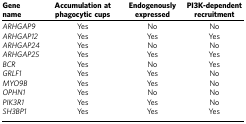
<table><thead><tr><td><b>Gene name</b></td><td><b>Accumulation at phagocytic cups</b></td><td><b>Endogenously expressed</b></td><td><b>PI3K-dependent recruitment</b></td></tr></thead><tbody><tr><td><i>ARHGAP9</i></td><td>Yes</td><td>No</td><td>No</td></tr><tr><td><i>ARHGAP12</i></td><td>Yes</td><td>Yes</td><td>Yes</td></tr><tr><td><i>ARHGAP24</i></td><td>Yes</td><td>No</td><td>No</td></tr><tr><td><i>ARHGAP25</i></td><td>Yes</td><td>Yes</td><td>Yes</td></tr><tr><td><i>BCR</i></td><td>Yes</td><td>No</td><td>Yes</td></tr><tr><td><i>GRLF1</i></td><td>Yes</td><td>Yes</td><td>No</td></tr><tr><td><i>MYO9B</i></td><td>Yes</td><td>Yes</td><td>No</td></tr><tr><td><i>OPHN1</i></td><td>Yes</td><td>No</td><td>No</td></tr><tr><td><i>PIK3R1</i></td><td>Yes</td><td>Yes</td><td>No</td></tr><tr><td><i>SH3BP1</i></td><td>Yes</td><td>Yes</td><td>Yes</td></tr></tbody></table>